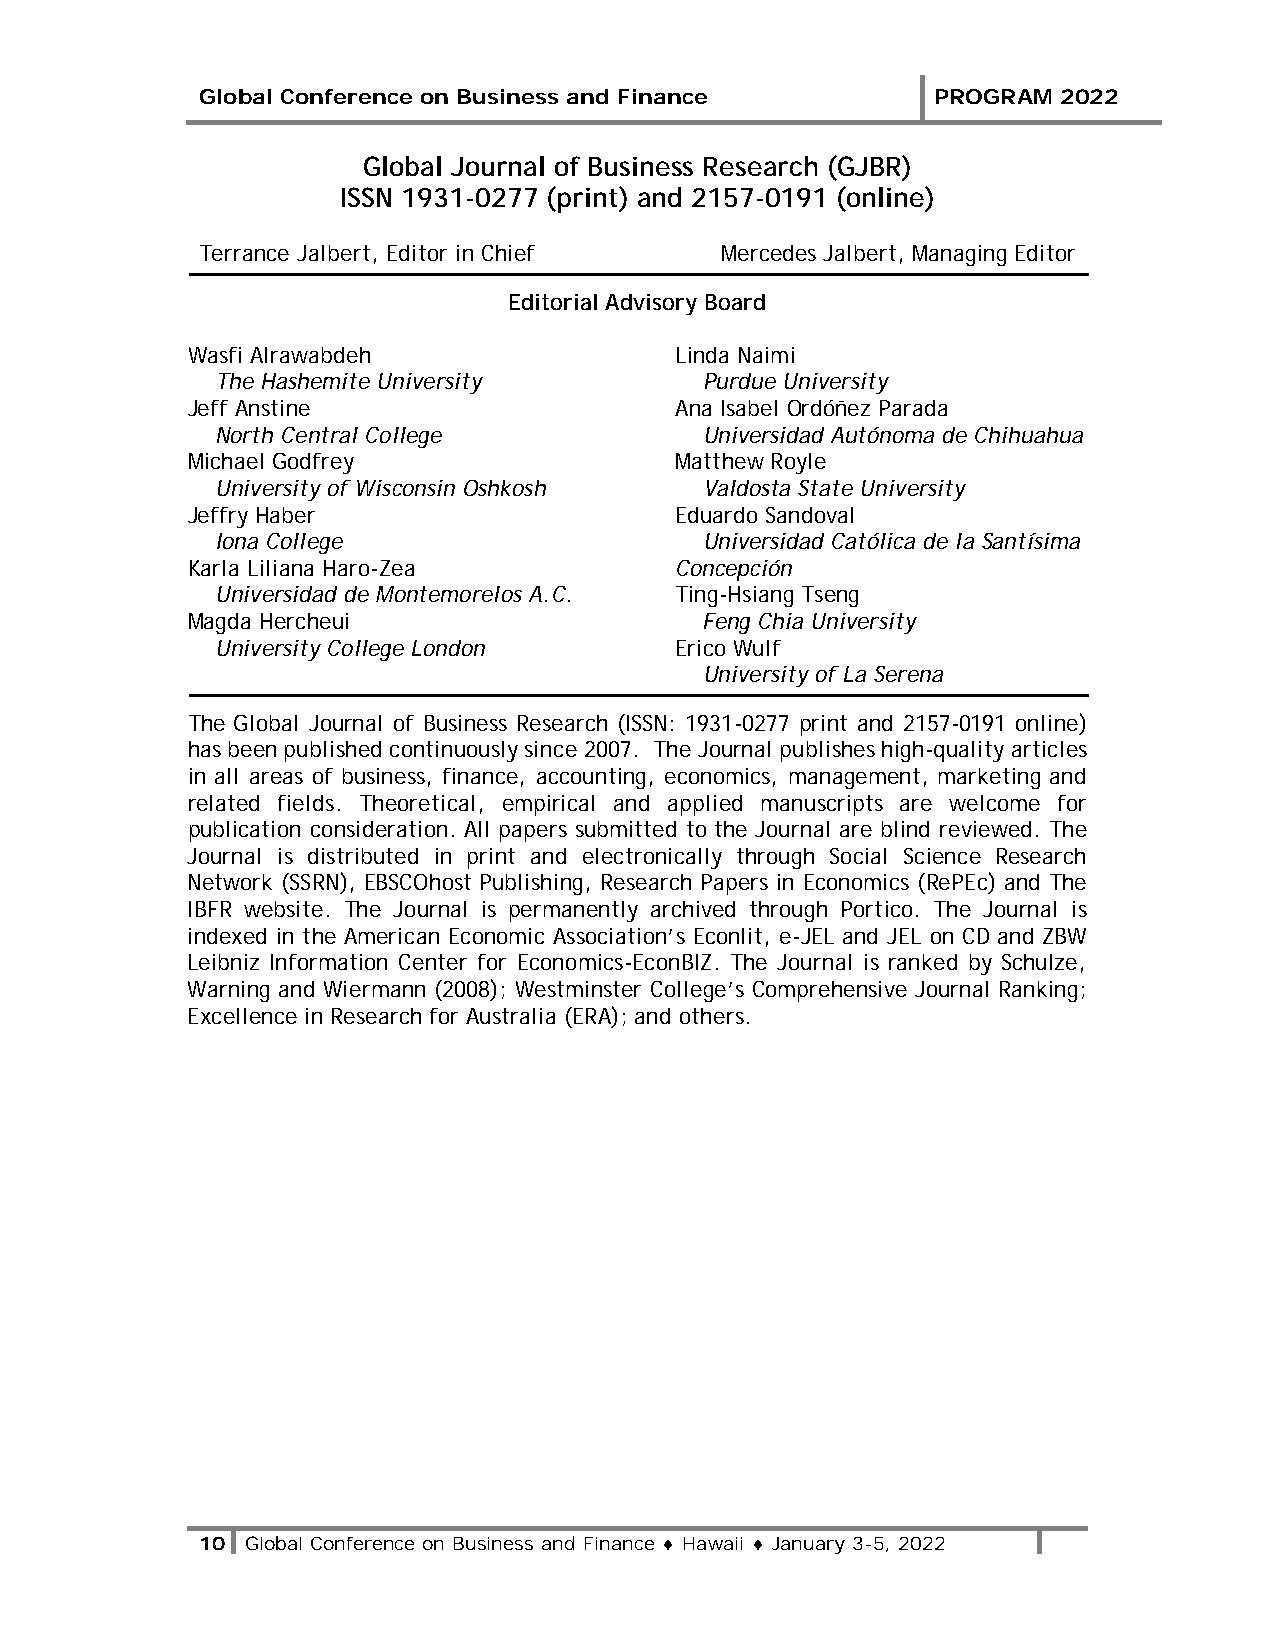
Global Conference on Business and Finance        PROGRAM 2022
 Global Journal of Business Research (GJBR)
 ISSN 1931-0277 (print) and 2157-0191 (online)
 Terrance Jalbert, Editor in Chief  Mercedes Jalbert, Managing Editor
 Editorial Advisory Board
 Wasfi Alrawabdeh                 Linda Naimi
 The Hashemite University         Purdue University
 Jeff Anstine                     Ana Isabel Ordóñez Parada
 North Central College            Universidad Autónoma de Chihuahua
 Michael Godfrey                  Matthew Royle
 University of Wisconsin Oshkosh  Valdosta State University
 Jeffry Haber                     Eduardo Sandoval
 Iona College                     Universidad Católica de la Santísima
 Karla Liliana Haro-Zea           Concepción
 Universidad de Montemorelos A.C. Ting-Hsiang Tseng
 Magda Hercheui                     Feng Chia University
 University College London      Erico Wulf
 University of La Serena
 The Global Journal of Business Research (ISSN: 1931-0277 print and 2157-0191 online)
 has been published continuously since 2007. The Journal publishes high-quality articles
 in all areas of business, finance, accounting, economics, management, marketing and
 related fields. Theoretical, empirical and applied manuscripts are welcome for
 publication consideration. All papers submitted to the Journal are blind reviewed. The
 Journal is distributed in print and electronically through Social Science Research
 Network (SSRN), EBSCOhost Publishing, Research Papers in Economics (RePEc) and The
 IBFR website. The Journal is permanently archived through Portico. The Journal is
 indexed in the American Economic Association’s Econlit, e-JEL and JEL on CD and ZBW
 Leibniz Information Center for Economics-EconBIZ. The Journal is ranked by Schulze,
 Warning and Wiermann (2008); Westminster College’s Comprehensive Journal Ranking;
 Excellence in Research for Australia (ERA); and others.
 10 Global Conference on Business and Finance ♦ Hawaii ♦ January 3-5, 2022